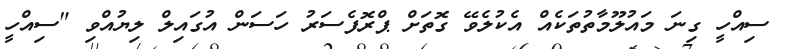
ސިއްހީ ގިނަ މައުލޫމާތުތަކެއް އެކުލެވޭ ގޮތަށް ޕްރޮފެސަރު ހަސަން އުގައިލް ލިޔުއްވި "ސިއްހީ